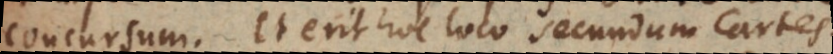
concursum. Et erit hoc loco secundum Cartes.